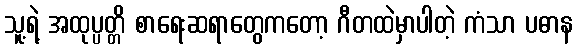
သူ့ရဲ့ အထုပ္ပတ္တိ စာရေးဆရာတွေကတော့ ဂီတထဲမှာပါတဲ့ ကံသာ ပဓာန